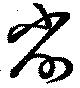
削